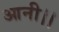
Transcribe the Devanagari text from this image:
आनी।।